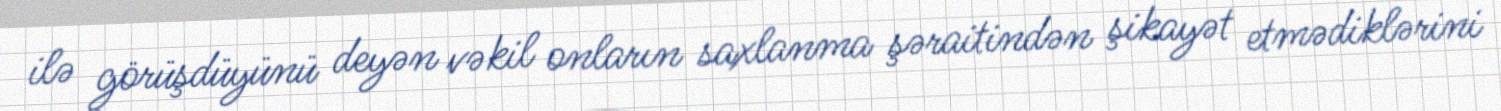
ilə görüşdüyünü deyən vəkil onların saxlanma şəraitindən şikayət etmədiklərini